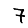
Digit: 7